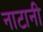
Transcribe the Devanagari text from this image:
नाटानी